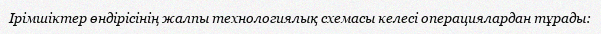
Ірімшіктер өндірісінің жалпы технологиялық схемасы келесі операциялардан тұрады: